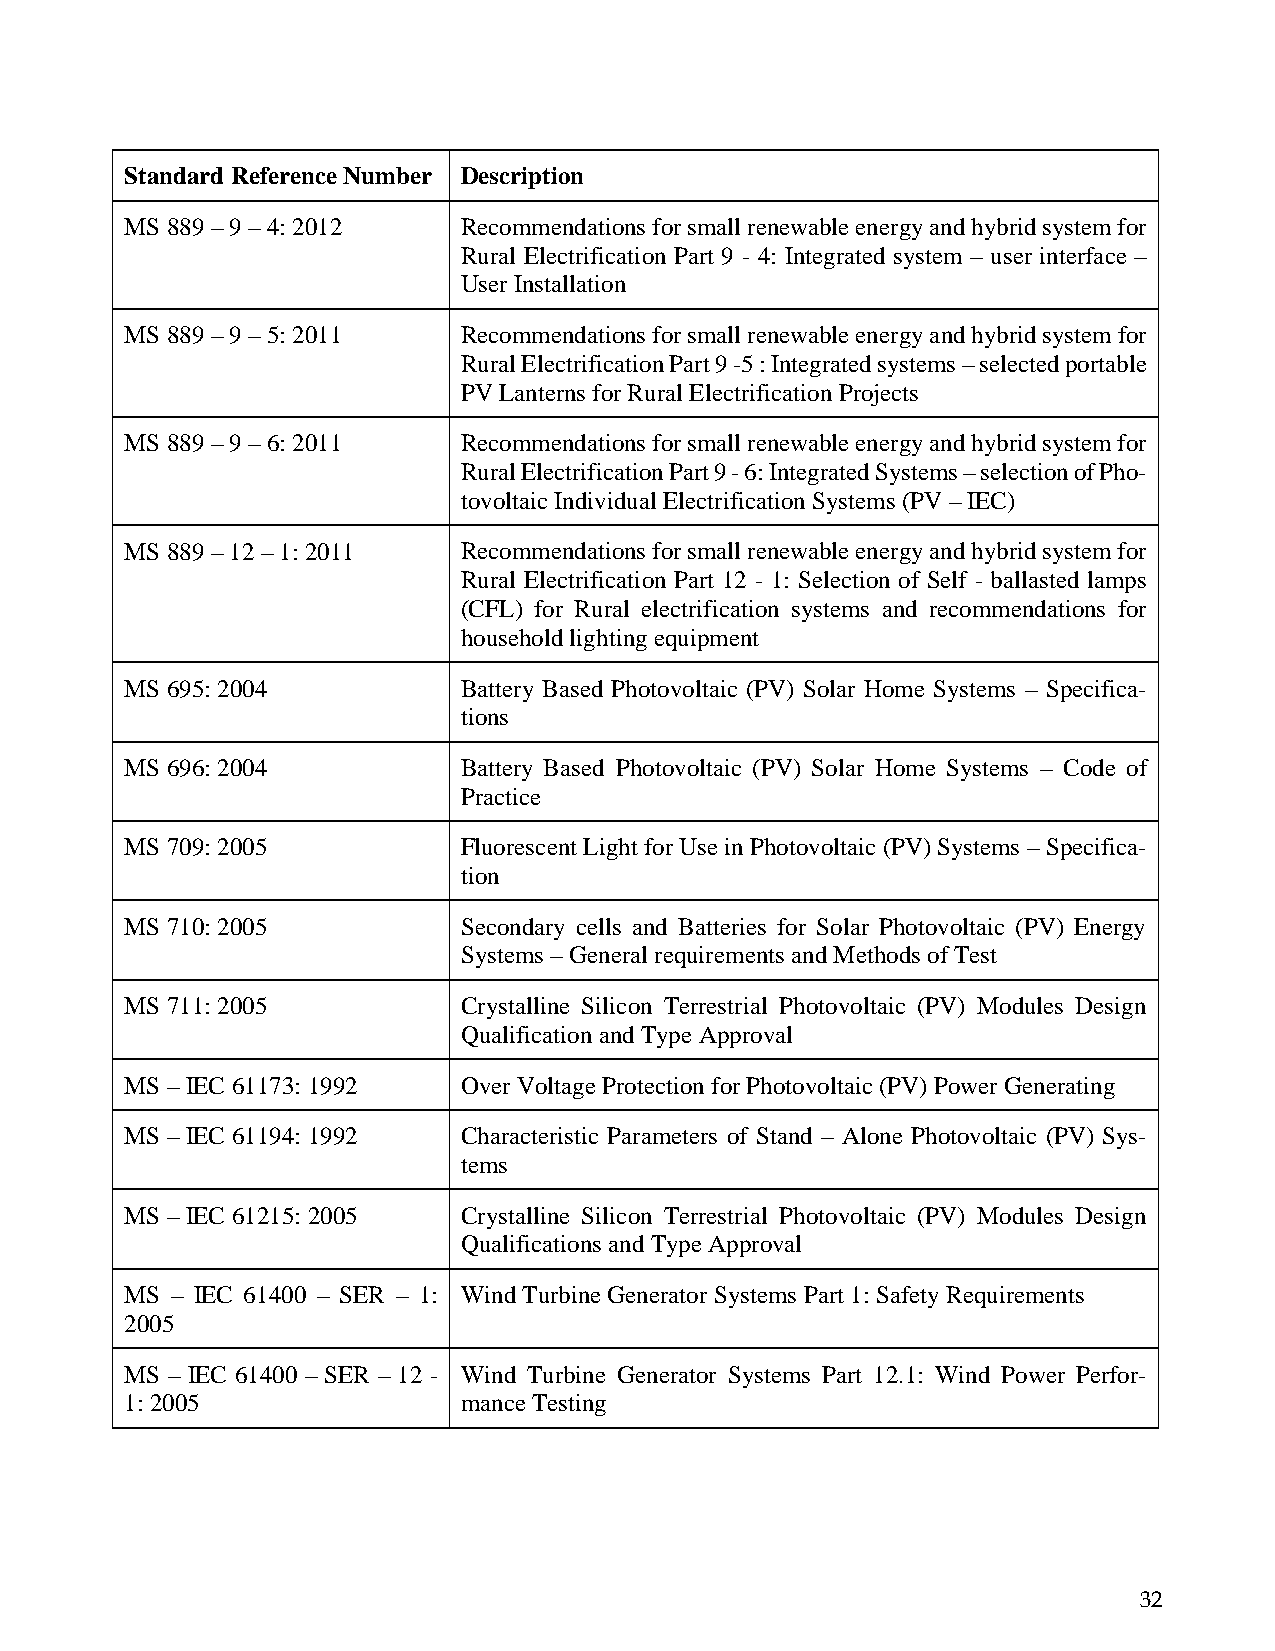
Standard Reference Number Description
 MS 889 – 9 – 4: 2012  Recommendations for small renewable energy and hybrid system for
 Rural Electrification Part 9 - 4: Integrated system – user interface –
 User Installation
 MS 889 – 9 – 5: 2011  Recommendations for small renewable energy and hybrid system for
 Rural Electrification Part 9 -5 : Integrated systems – selected portable
 PV Lanterns for Rural Electrification Projects
 MS 889 – 9 – 6: 2011  Recommendations for small renewable energy and hybrid system for
 Rural Electrification Part 9 - 6: Integrated Systems – selection of Pho-
 tovoltaic Individual Electrification Systems (PV – IEC)
 MS 889 – 12 – 1: 2011 Recommendations for small renewable energy and hybrid system for
 Rural Electrification Part 12 - 1: Selection of Self - ballasted lamps
 (CFL) for Rural electrification systems and recommendations for
 household lighting equipment
 MS 695: 2004          Battery Based Photovoltaic (PV) Solar Home Systems – Specifica-
 tions
 MS 696: 2004          Battery Based Photovoltaic (PV) Solar Home Systems – Code of
 Practice
 MS 709: 2005          Fluorescent Light for Use in Photovoltaic (PV) Systems – Specifica-
 tion
 MS 710: 2005          Secondary cells and Batteries for Solar Photovoltaic (PV) Energy
 Systems – General requirements and Methods of Test
 MS 711: 2005          Crystalline Silicon Terrestrial Photovoltaic (PV) Modules Design
 Qualification and Type Approval
 MS – IEC 61173: 1992  Over Voltage Protection for Photovoltaic (PV) Power Generating
 MS – IEC 61194: 1992  Characteristic Parameters of Stand – Alone Photovoltaic (PV) Sys-
 tems
 MS – IEC 61215: 2005  Crystalline Silicon Terrestrial Photovoltaic (PV) Modules Design
 Qualifications and Type Approval
 MS – IEC 61400 – SER – 1: Wind Turbine Generator Systems Part 1: Safety Requirements
 2005
 MS – IEC 61400 – SER – 12 - Wind Turbine Generator Systems Part 12.1: Wind Power Perfor-
 1: 2005               mance Testing
 32